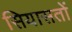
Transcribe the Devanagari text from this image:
सियासतों